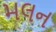
મલન